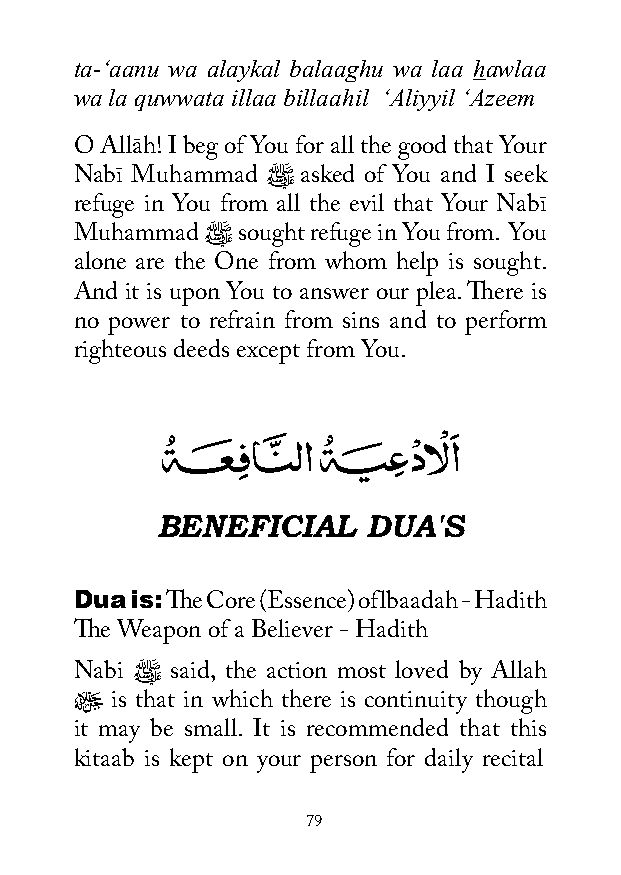
ta-‘aanu wa alaykal balaaghu wa laa hawlaa
 wa la quwwata illaa billaahil ‘Aliyyil ‘Azeem
 O Allāh! I beg of You for all the good that Your
 Nabī Muhammad ﷺ asked of You and I seek
 refuge in You from all the evil that Your Nabī
 Muhammad ﷺ sought refuge in You from. You
 alone are the One from whom help is sought.
 And it is upon You to answer our plea. There is
 no power to refrain from sins and to perform
 righteous deeds except from You.
 �   � � � � � �  ْ ْ َ
 ةـــــــ�ن ـ�فِ اــــ�ِّ ل�ا ةـــــ�ــ�م �ع ِ دالا
 BENEFICIAL    DUA'S
 Dua is:
 The Core (Essence) of lbaadah - Hadith
 The Weapon of a Believer - Hadith
 Nabi ﷺ said, the action most loved by Allah
 ﷻ is that in which there is continuity though
 it may be small. It is recommended that this
 kitaab is kept on your person for daily recital
 79